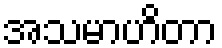
အသမာဟိတာ